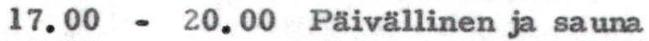
17.00 - 20.00 Päivällinen ja sauna